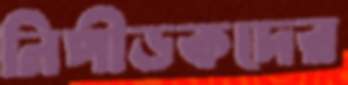
নিপীড়কদের